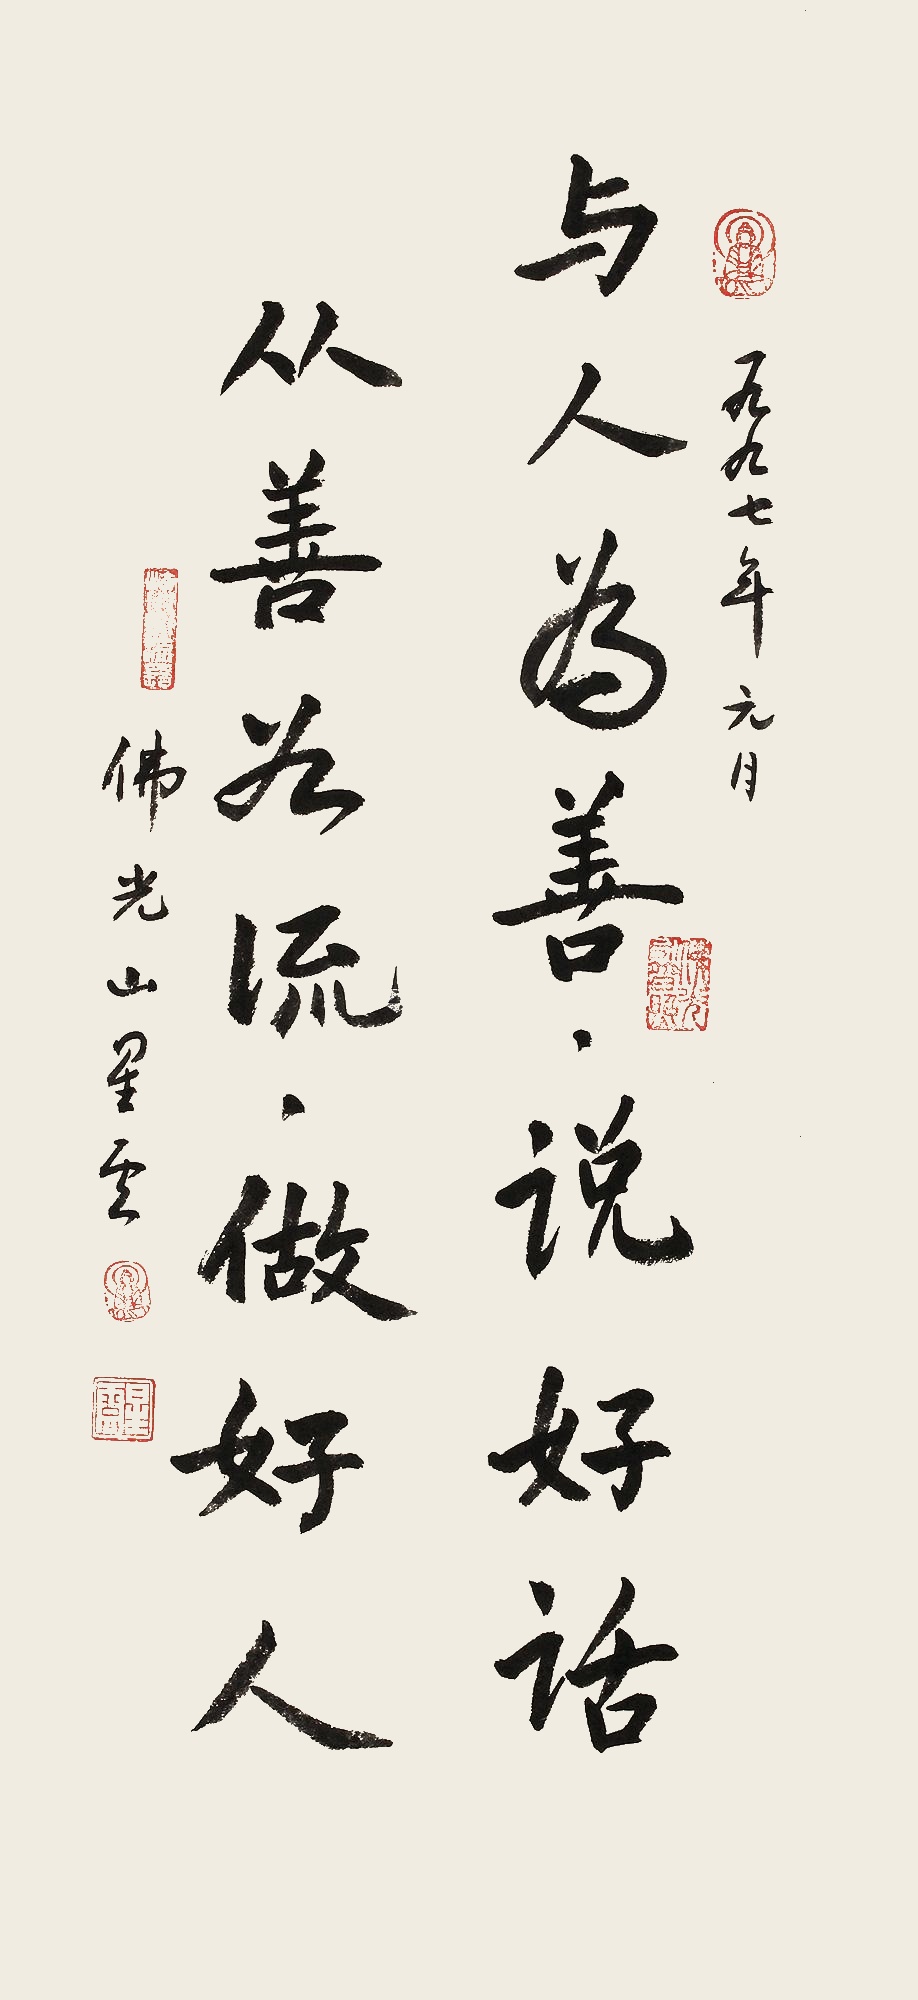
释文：与人为善说好话，从善为流做好人。一九九七年元月，佛光山星云。